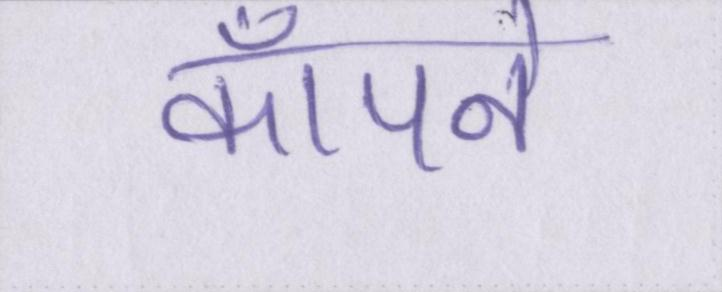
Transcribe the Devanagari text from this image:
कॉँपने